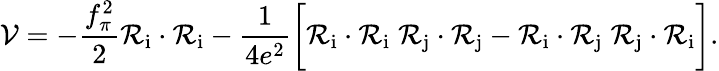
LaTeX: {\cal V}=-{\frac{f_{\pi}^{2}}{2}}{\cal R}_{\mathrm{i}}\cdot{\cal R}_{\mathrm{i}}-{\frac{1}{4e^{2}}}\biggl[{\cal R}_{\mathrm{i}}\cdot{\cal R}_{\mathrm{i}}\; {\cal R}_{\mathrm{j}}\cdot{\cal R}_{\mathrm{j}}-{\cal R}_{\mathrm{i}}\cdot{\cal R}_{\mathrm{j}}\; {\cal R}_{\mathrm{j}}\cdot{\cal R}_{\mathrm{i}}\biggr].